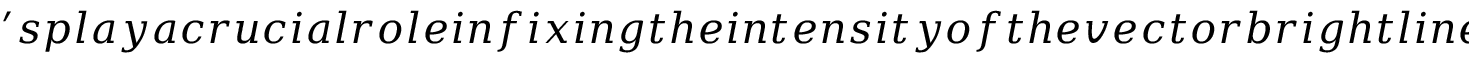
' s p l a y a c r u c i a l r o l e i n f i x i n g t h e i n t e n s i t y o f t h e v e c t o r b r i g h t l i n e - s o l i t a r y w a v e s . I n t h e v e c t o r E q . ( ) , t h e l i n e s o l i t a r y w a v e c a n p r o p a g a t e s i n t h r e e d i f f e r e n t p l a n e s , l i k e i n t h e c a s e o f s c a l a r E q . ( ) , n a m e l y (